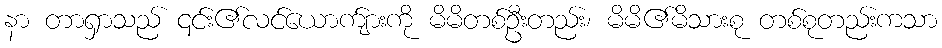
နာ တာရှာသည် ၎င်း၏လင်ယောက်ျားကို မိမိတစ်ဦးတည်း၊ မိမိ၏မိသားစု တစ်စုတည်းကသာ